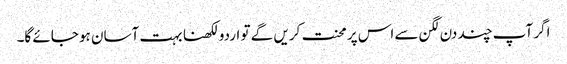
اگر آپ چند دن لگن سے اس پر محنت کریں گے تو اردو لکھنا بہت آسان ہو جائے گا۔